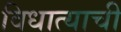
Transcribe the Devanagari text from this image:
विधात्याची